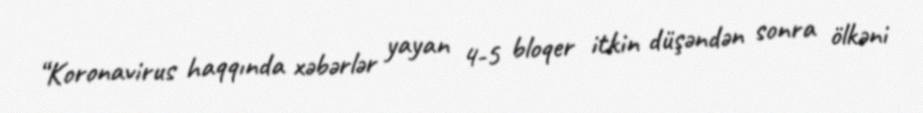
“Koronavirus haqqında xəbərlər yayan 4-5 bloqer itkin düşəndən sonra ölkəni